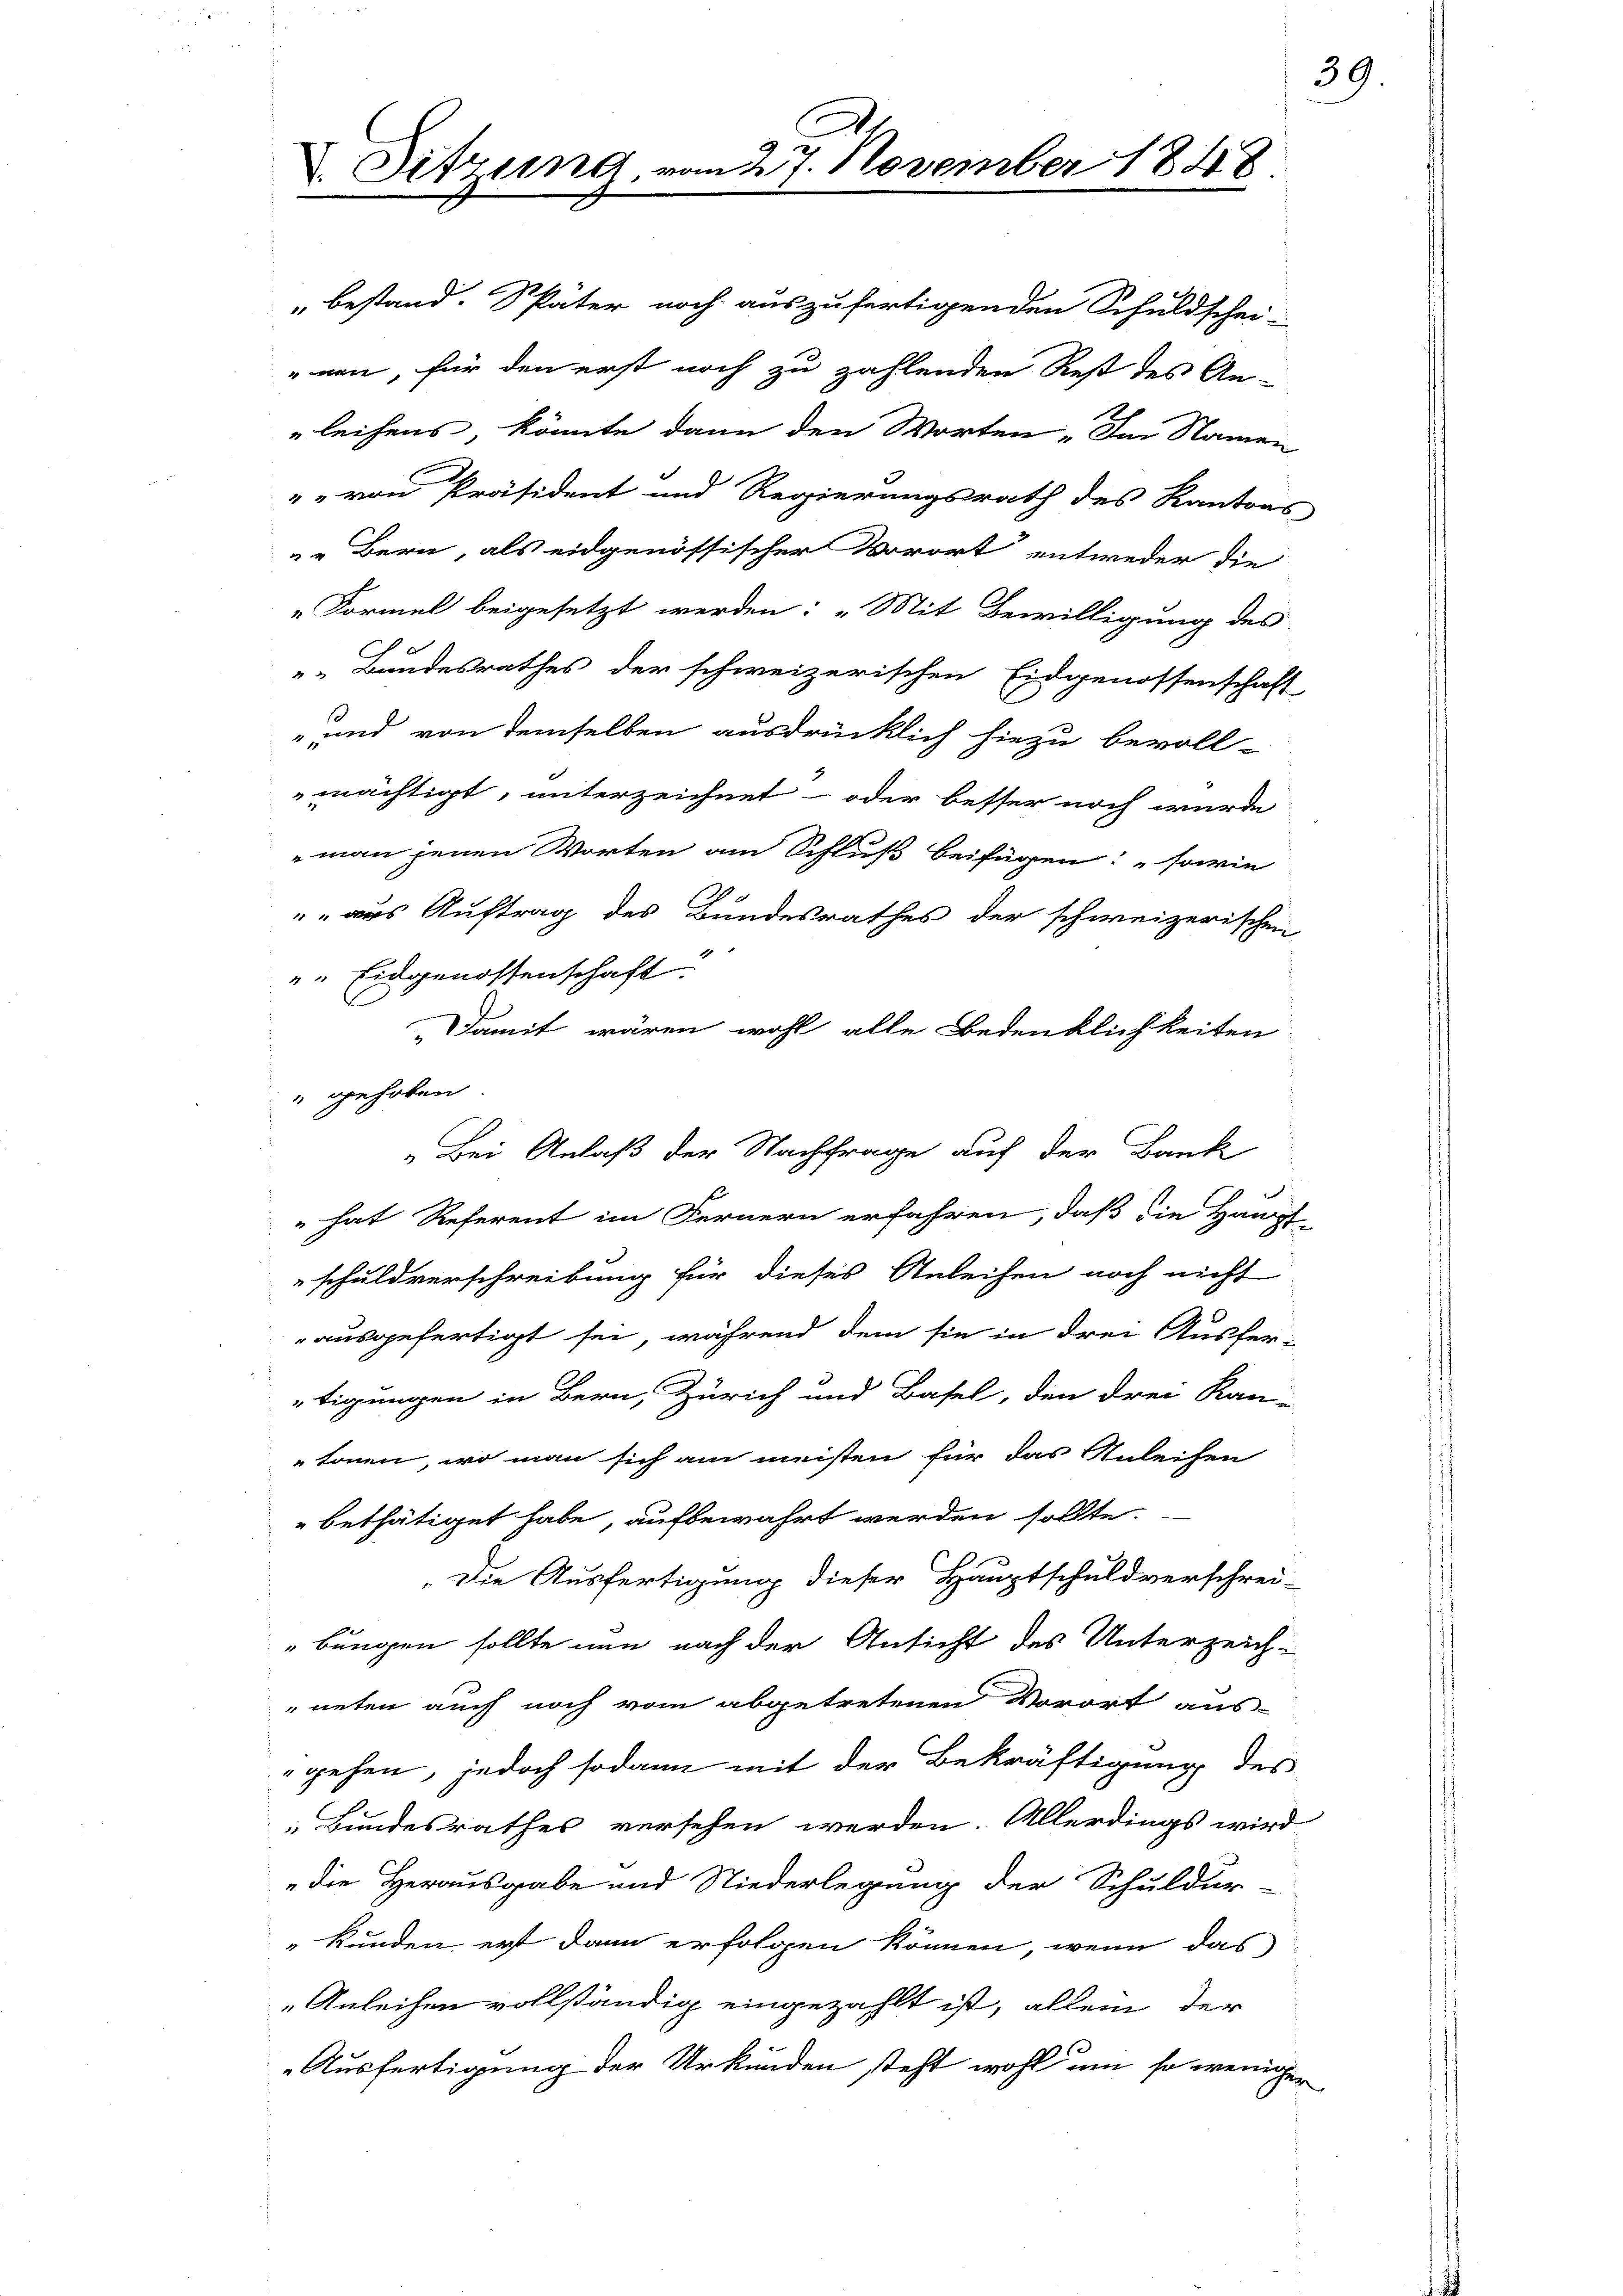
Sitzung.

„Bei Anlaß der Nachfrage auf der Bank

d. 7. November 1848

bestand. Später noch auszufertigenden Schuldschei-
nen, für den erst noch zu zahlenden Rest des An-
leihens, könnte dann den Worten. Im Namen
" von Präsident und Regierungsrath des Kantons
„Bern, als eidgenössischer Vorort entweder die
„Formel beigesetzt werden: „Mit Bewilligung des
. Bundesrathes der schweizerischen Eidgenossenschaft
s
" und von demselben ausdrücklich hiezu bevoll-
mächtigt, unterzeichnet - oder besser noch wurde
man jenen Worten am Schluß beifügen: sowie
" aus Auftrag des Bundesrathes der schweizerischen
" Eidgenossenschaft.
Damit wären wohl alle Bedenklichkeiten
" gehoben.
 hat Referent im Fernern erfahren, daß die Haupt-
schuldverschreibung für dieses Anleihen noch nicht
ausgefertigt sei, während dem sie in drei Ausfer-
tigungen in Bern, Zürich und Basel, den drei Kan-
tonen, wo man sich am meisten für das Anleihen
bethätiget habe, aufbewahrt werden sollte.
Die Ausfertigung dieser Hauptschuldverschrei-
bungen sollte nun nach der Ansicht des Unterzeich-
neten auch noch vom abgetretenen Vorort aus-
gehen, jedoch sodann mit der Bekräftigung des
Bundesrathes versehen werden. Allerdings wird
die Herausgabe und Niederlegung der Schuldur-
kunden erst dann erfolgen können, wenn das
Anleihen vollständig eingezahlt ist, allein der
Ausfertigung der Urkunden steht wohl um so weniger

39.